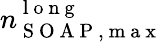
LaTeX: n_{\mathrm{~S~O~A~P~,~m~a~x~}}^{\mathrm{~l~o~n~g~}}